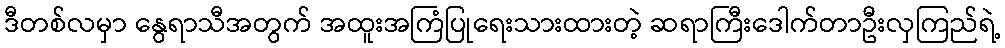
ဒီတစ်လမှာ နွေရာသီအတွက် အထူးအကြံပြုရေးသားထားတဲ့ ဆရာကြီးဒေါက်တာဦးလှကြည်ရဲ့